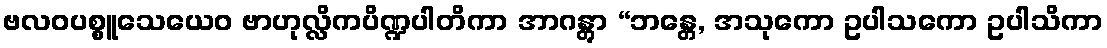
ဗလဝပစ္စူသေယေဝ ဗာဟုလ္လိကပိဏ္ဍပါတိကာ အာဂန္တွာ “ဘန္တေ, အသုကော ဥပါသကော ဥပါသိကာ